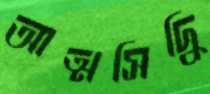
আত্মসিদ্ধি